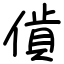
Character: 𧵰